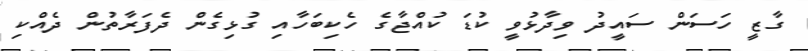
ގާޒީ ހަސަން ސައީދު ވިދާޅުވީ ކުޑަ ކުއްޖާގެ ހެކިބަހާއި ގުޅިގެން ދެފަރާތުން ދެއްކި